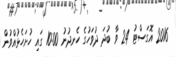
2016 އޮގަސްޓު 24 ވާ ބުދަ ދުވަހުގެ ހެނދުނު 10:00 ގައި ހުށަހެޅުއްވުން